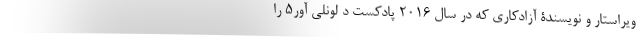
ویراستار و نویسندۀ آزادکاری که در سال ۲۰۱۶ پادکست دِ لونلی آور۵ را